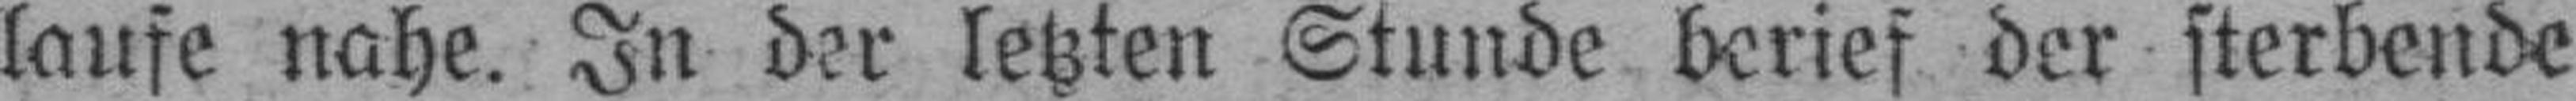
läufe nahe. In der letzten Stunde berief der sterbende